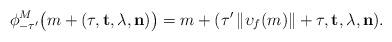
LaTeX: \begin{align*} \phi^M_{-\tau'}\big(m+(\tau,\mathbf{t},\lambda,\mathbf{n})\big)=m+(\tau'\,\|\upsilon_f(m)\|+\tau,\mathbf{t},\lambda,\mathbf{n}).\end{align*}